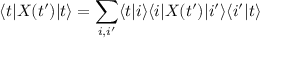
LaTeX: \langle t | X ( t ^ { \prime } ) | t \rangle = \sum _ { i , i ^ { \prime } } \langle t | i \rangle \langle i | X ( t ^ { \prime } ) | i ^ { \prime } \rangle \langle i ^ { \prime } | t \rangle